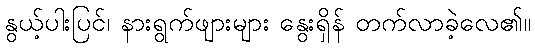
နွယ့်ပါးပြင်၊ နားရွက်ဖျားများ နွေးရှိန် တက်လာခဲ့လေ၏။